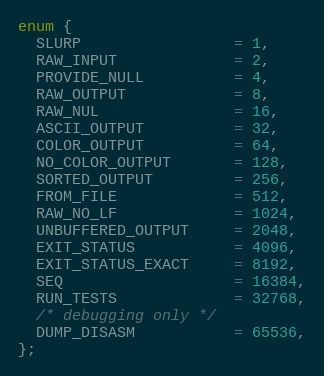
Language: C
enum {
  SLURP                 = 1,
  RAW_INPUT             = 2,
  PROVIDE_NULL          = 4,
  RAW_OUTPUT            = 8,
  RAW_NUL               = 16,
  ASCII_OUTPUT          = 32,
  COLOR_OUTPUT          = 64,
  NO_COLOR_OUTPUT       = 128,
  SORTED_OUTPUT         = 256,
  FROM_FILE             = 512,
  RAW_NO_LF             = 1024,
  UNBUFFERED_OUTPUT     = 2048,
  EXIT_STATUS           = 4096,
  EXIT_STATUS_EXACT     = 8192,
  SEQ                   = 16384,
  RUN_TESTS             = 32768,
  /* debugging only */
  DUMP_DISASM           = 65536,
};